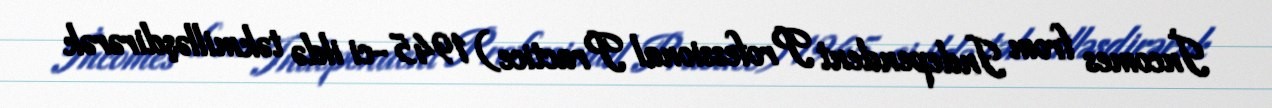
İncomes from Independent Professional Practice) 1945-ci ildə təkmilləşdirərək